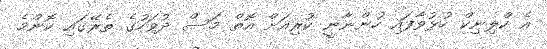
އެ ކްލިނިކް ހުޅުވާފައި ހުންނާނީ ކުރިއަށް އޮތް މަސް ދުވަހުގެ ތެރޭގައި ކޮންމެ